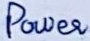
Text: Power